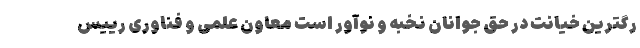
رگترین خیانت در حق جوانان نخبه و نوآور است معاون علمی و فناوری رییس